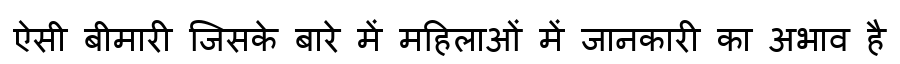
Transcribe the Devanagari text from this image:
ऐसी बीमारी जिसके बारे में महिलाओं में जानकारी का अभाव है